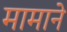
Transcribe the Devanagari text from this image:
मामाने